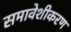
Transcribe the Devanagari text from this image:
समावेशीकरण